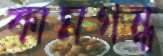
কামগন্ধ